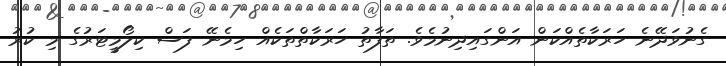
ގެނުވަދޭނެ ހަރަކާތެއްކަން އަންގައިދިނުމެވެ. ތަފާތު ހަރަކާތްތަކެއް ހިމެނޭ ފަސް ކިލޯމީޓަރުގެ މި ކުރު